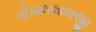
ગોપાલલાલજી